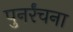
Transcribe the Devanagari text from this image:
पुनर्रंचना